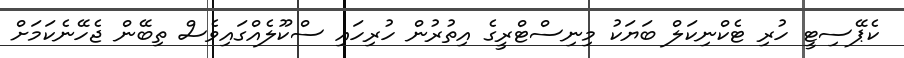
ކެޕޭސިޓީ ހުރި ޓެކްނިކަލް ބަޔަކު މިނިސްޓްރީގެ އިތުރުން ހުރިހައި ސްކޫލެއްގައިވެސް ތިބޭން ޖެހޭނެކަމަށް